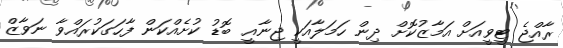
ރާއްޖެ ޓީވީއަށް އަމާޒުކޮށް ދިން ހަމަލާއަކީ ޖިނާއީ ބޮޑު ކުށެއްކަން ފާހަގަކުރައްވާ ނަވާޒް